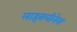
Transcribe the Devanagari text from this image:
लाइवलीनेस